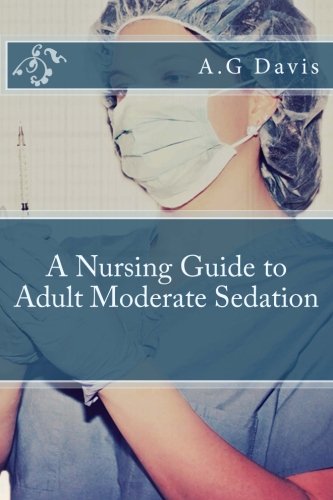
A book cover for A Nursing Guide to Adult Moderate Sedation; A G Davis; Medical Books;